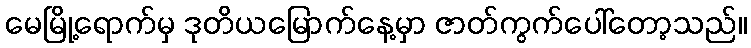
မေမြို့ရောက်မှ ဒုတိယမြောက်နေ့မှာ ဇာတ်ကွက်ပေါ်တော့သည်။